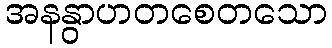
အနနွာဟတစေတသော